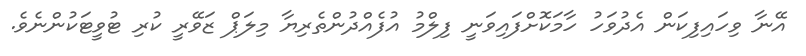
އޭނާ ވިހައިފިކަން އެދުވަހު ހާމަކޮށްފައިވަނީ ފިލްމު އުފެއްދުންތެރިޔާ މިލަޕް ޒަވޭރީ ކުރި ޓުވީޓަކުންނެވެ.